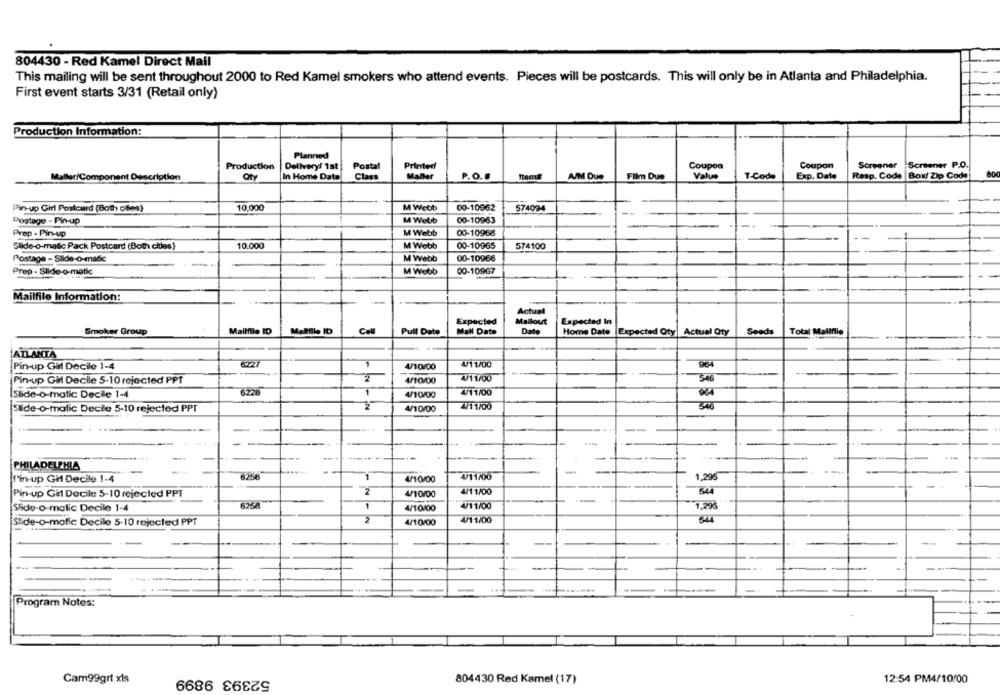
804430 - Red Kamel Direct Mail
This mailing will be sent throughout 2000 to Red Kamel smokers who attend events. Pieces will be postcards. This will only be in Atlanta and Philadelphia.
First event starts 3/31 (Retail only)
Production Information:
Planned
Production
Delivery/ 1st
Postal
Printed
Coupon
Coupon
Screener Screener P.O.
Value
MaBler/Component Description
Oty
In Home Date
Class
Maller
P.O.
A/M Due
Film Due
T-Code
Exp. Date
Resp. Code |Box/ Zip Code
Pin-up Girl Postcard (Both cles)
10,000
M Webb
00-10962
574094
Postage - Pin-up
M Webb
00-10963
Prep - Pin-up
M Webb
00-10968
Slide-o-matic Pack Postcard (Both cles)
10.000
M Webb
00-10965
574100
00-10966
Postage - Salde-O-matic
M Webb
Prep - Slide-o-matic
M Webb
00-10907
-
Mailfile Information:
Actual
Expected
Mallout
Expected In
Smoker Group
Mallfile ID
Malfile ID
Cell
Pull Date
Mal Date
Date
Home Date |Expected Qty Actual Oty
Seeds
Total Mallfile
ATLANTA
Pin-up Girl Decile 1-4
1
4/10/00
4/11/00
964
Pin-up Girl Decile 5-10 rejected PPT
2
4/10/00
4/11/00
5:46
Slide-o-matic Decile 1-4
1
4/10/00
4/11/00
Slide-o-matic Decile 5-10 rejected PPT
2
4/10/00
4/11/00
--
-
-
PHILADELPHIA
-
Pin-up Gil Decile 1-4
8256
1
4/10/00
4/11/00
1,295
Pin-up Gitt Decile 5-10 rejected PPT
2
4/10/00
4/1 1/00
644
Slide-o-matic Decile 1-4
1
4/10100
4/11/00
1.208
2
4/11/00
644
Stide-o-matic Decile 5-10 rejected PPT
4/10/00
Program Notes:
52393 9899
Cam99grt.xls
804430 Red Kamel (17)
12:54 PM4/10/00